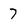
Character: 7